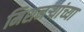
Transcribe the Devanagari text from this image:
मिशनऱ्यांच्या